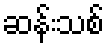
ဆန်းသစ်